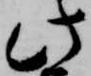
此